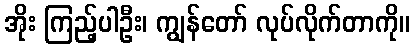
အိုး ကြည့်ပါဦး၊ ကျွန်တော် လုပ်လိုက်တာကို။